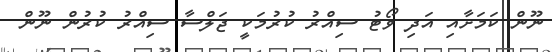
ނޫން ކަމަށާއި އަދި ވޯޓު ސިއްރު ކުރުމަކީ ޖަލްސާ ސިއްރު ކުރުން ނޫން